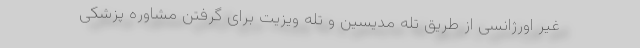
غیر اورژانسی از طریق تله مدیسین و تله ویزیت برای گرفتن مشاوره پزشکی